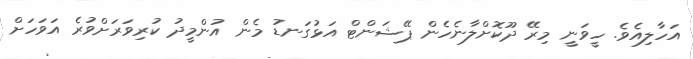
އަހާލިއެވެ. ހީވަނީ މިރޭ ދޫކޮށްލާނެހެން ޕޭޝަންޓް އަޅުގަނޑު މެން އުންމީދު ކުރިވަރަށްވުރެ އަވަހަށް